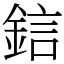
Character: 𨦼